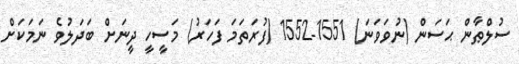
ސުލްޠާން ޙަސަން (ނުވަވަނަ) 1551-1552 (ފުރަތަމަ ފަހަރު) މަސީހީ ދީނަށް ބަދަލުވެ ނަމަކަށް